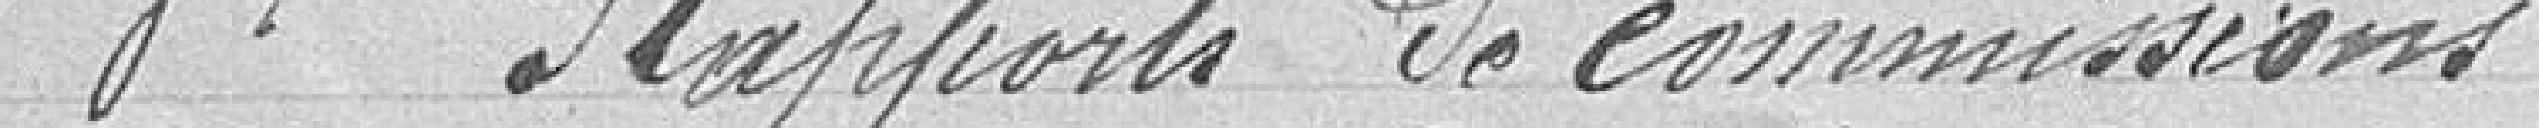
3°. rapports des commissions